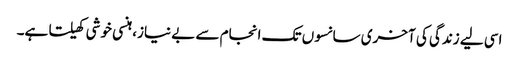
اسی لیے زندگی کی آخری سانسوں تک انجام سے بے نیاز، ہنسی خوشی کھیلتا ہے۔